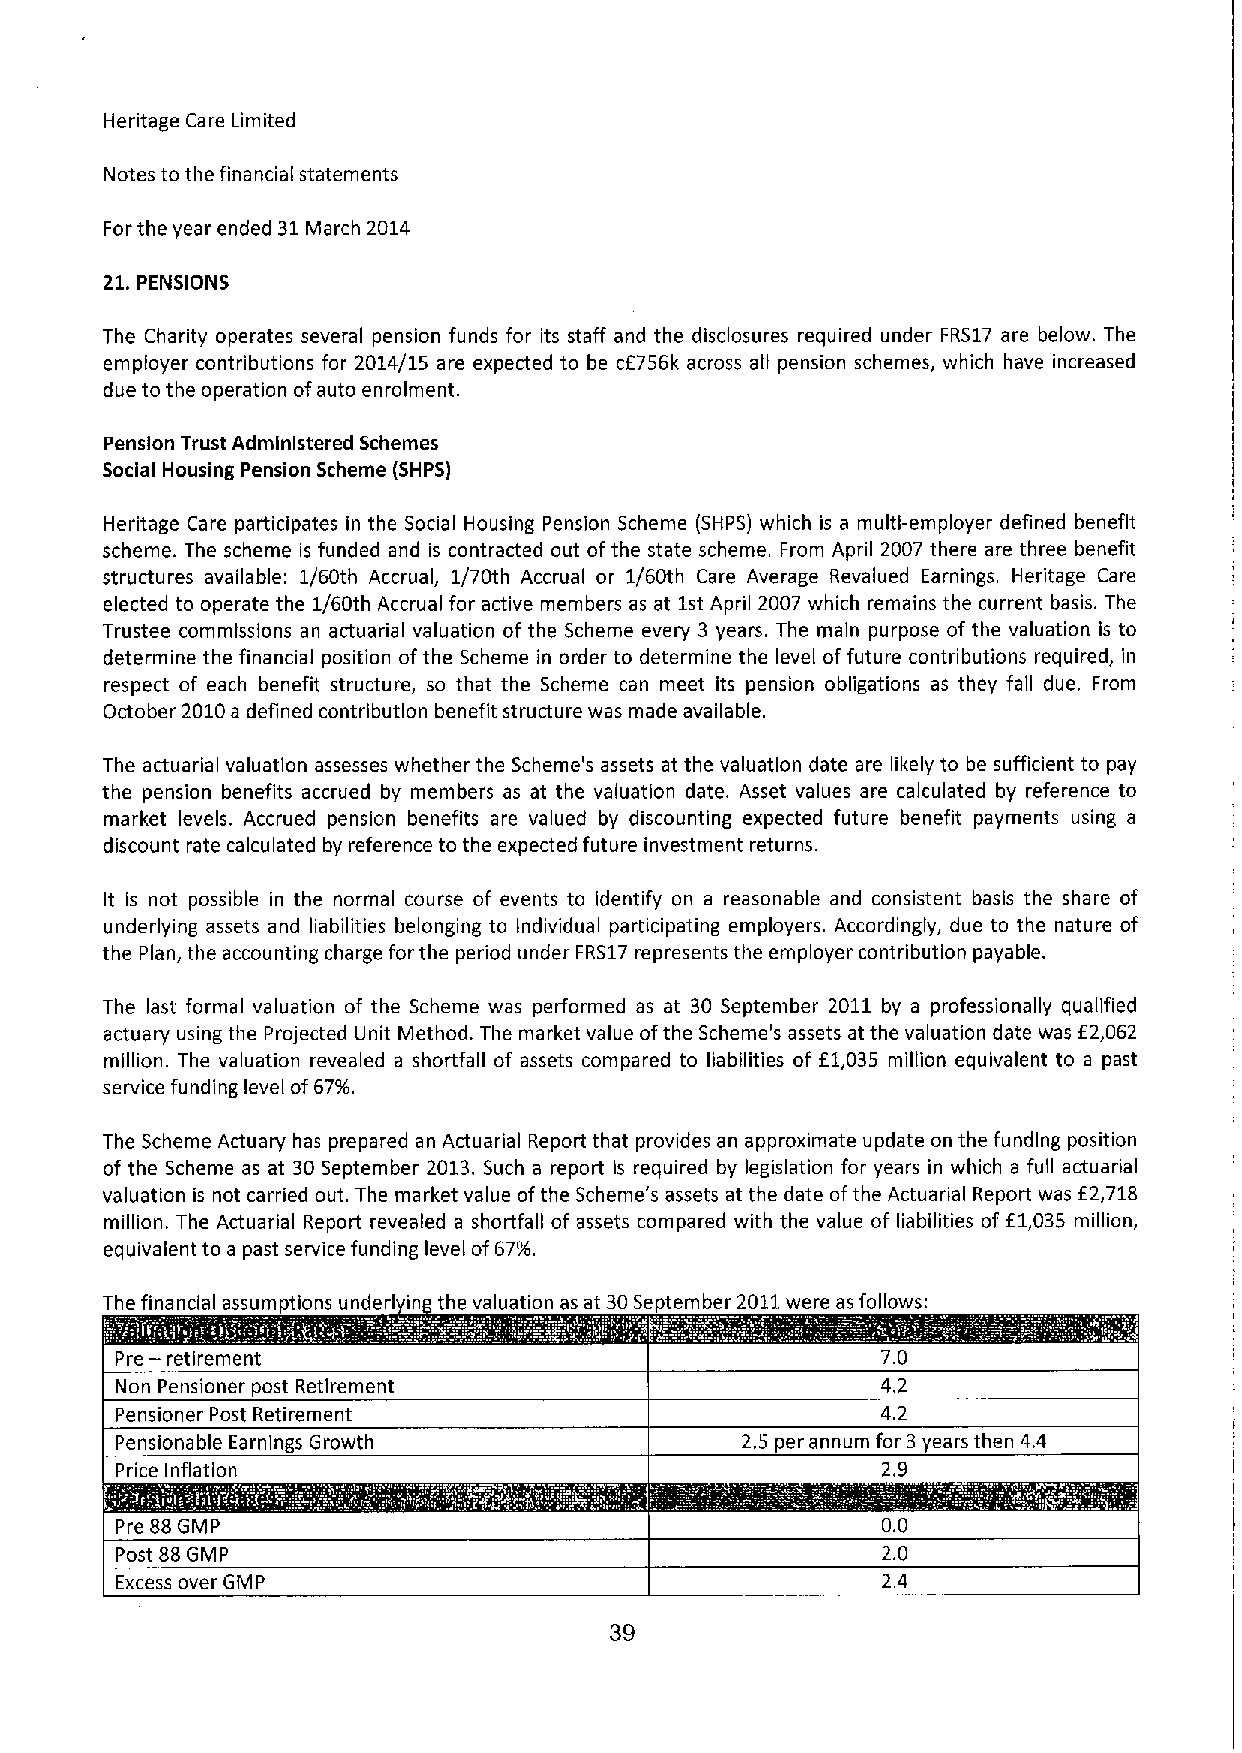
Heritage Care Limited
 Notes to the financial statements
 Forthe year ended 31March 2014
 21.PENSIONS
 The Charity operates several pension funds for its staff and the disclosures required under FRS17 are below. The
 employer contributions for 2014/15 are expected to be cf756k across all pension schemes, which have increased
 due to the operation ofauto enrolment.
 Pension Trust Administered Schemes
 Social Housing Pension Scheme (SHPS)
 Heritage Care participates in the Social Housing Pension Scheme (SHPS) which is a multi-employer detined benefit
 scheme. The scheme is funded and is contracted out ofthe state scheme. From April 2007 there are three benefit
 structures available: 1/60th Accrual, 1/70th Accrual or 1/60th Care Average Revalued Earnings. Heritage Care
 elected to operate the 1/60th Accrual for active members as at 1st April 2007 which remains the current basis. The
 Trustee commissions an actuarial valuation of the Scheme every 3 years. The main purpose of the valuation is to
 determine the financial position ofthe Scheme in order to determine the level of future contributions required, in
 respect of each benefit structure, so that the Scheme can meet its pension obligations as they fall due. From
 October 2010a defined contribution benefit structure was made available.
 The actuarial valuation assesses whether the Scheme's assets at the valuation date are likely to be sufficient to pay
 the pension benefits accrued by members as at the valuation date. Asset values are calculated by reference to
 market levels. Accrued pension benefits are valued by discounting expected future benefit payments using a
 discount rate calculated by reference to the expected future investment returns.
 It is not possible in the normal course of events to identify on a reasonable and consistent basis the share of
 underlying assets and liabilities belonging to individual participating employers. Accordingly, due to the nature of
 the Plan, the accounting charge for the period under FRS17represents the employer contribution payable.
 The last formal valuation of the Scheme was performed as at 30 September 2011 by a professionally qualified
 actuary using the Projected Unit Method. The market value ofthe Scheme's assets at the valuation date was f 2,062
 million. The valuation revealed a shortfall of assets compared to liabilities of f1,035 million equivalent to a past
 service funding level of6796,
 The Scheme Actuary has prepared an Actuarial Report that provides an approximate update on the funding position
 of the Scheme as at 30September 2013.Such a report is required by legislation for years in which a full actuarial
 valuation is not carried out. The market value ofthe Scheme's assets at the date ofthe Actuarial Report was f2,718
 million. The Actuarial Report revealed a shortfall of assets compared with the value of liabilities of f1,035 million,
 equivalent to a past service funding level of67%.
 The financial assumptions underl in the valuation as at 30September 2011were as follows:
 Pre — retirement                                  7.0
 Non Pensioner post Retirement                     4.2
 Pensioner Post Retirement                         4.2
 Pensionable Earnings Growth              2.5 per annum for 3years then 4.4
 Price Inflation                                   2.9
 Pre 88GMP                                         0.0
 Post 88GMP                                        2.0
 Excess over GMP                                   2.4
 39